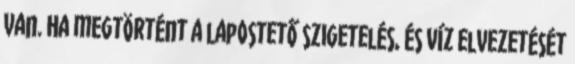
van. Ha megtörtént a lapostető szigetelés, és víz elvezetését